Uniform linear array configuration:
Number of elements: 12
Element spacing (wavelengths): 0.75
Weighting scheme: cosine
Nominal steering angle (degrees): -15
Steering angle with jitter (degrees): -16.831
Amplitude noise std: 0.05
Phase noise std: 0.05

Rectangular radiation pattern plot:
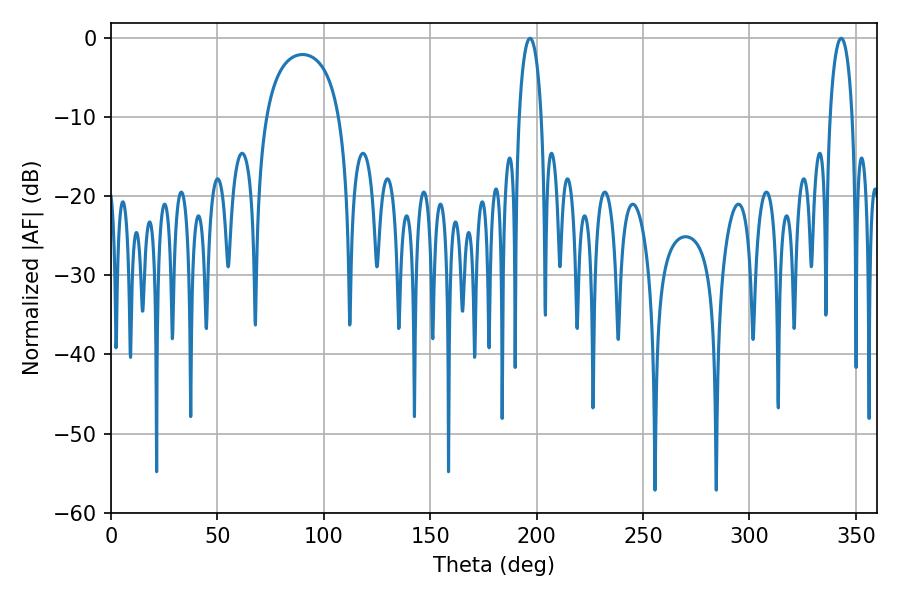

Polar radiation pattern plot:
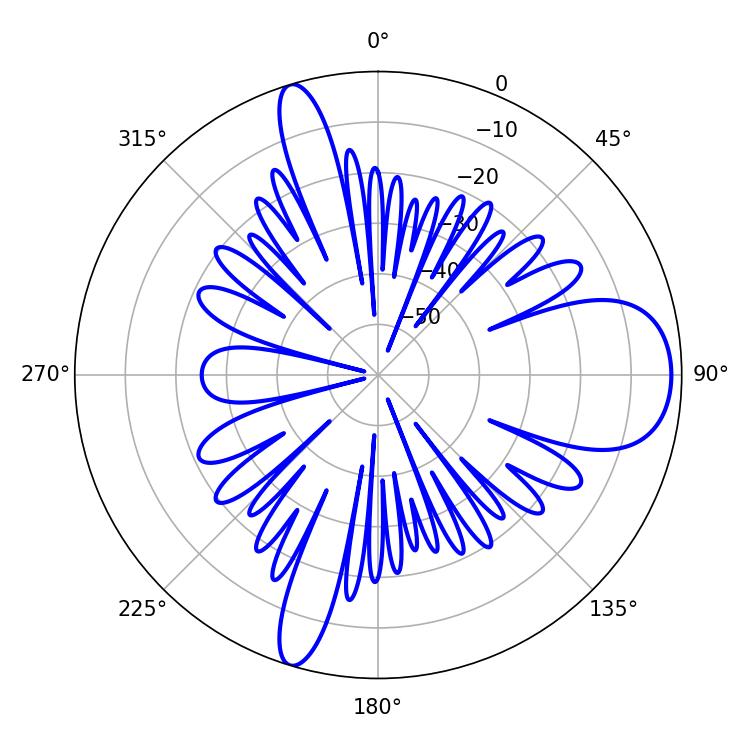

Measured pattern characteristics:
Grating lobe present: TRUE
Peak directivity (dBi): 10.145
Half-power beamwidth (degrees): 6.12
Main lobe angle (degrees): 343.08